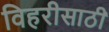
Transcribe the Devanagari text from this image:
विहरीसाठी